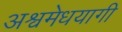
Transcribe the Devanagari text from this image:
अश्वमेधयागी